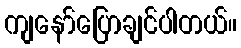
ကျနော်ပြောချင်ပါတယ်။